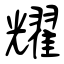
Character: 耀